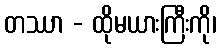
တဿာ - ထိုမယားကြီးကို၊